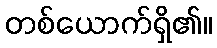
တစ်ယောက်ရှိ၏။